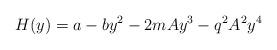
LaTeX: \begin{align*}H(y) = a - by^2 -2mAy^3 -q^2A^2y^4\end{align*}